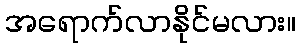
အရောက်လာနိုင်မလား။